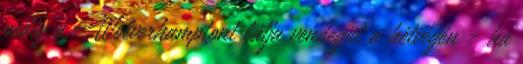
pedig a Wolverhamptont látja vendégül a hétvégén - ha